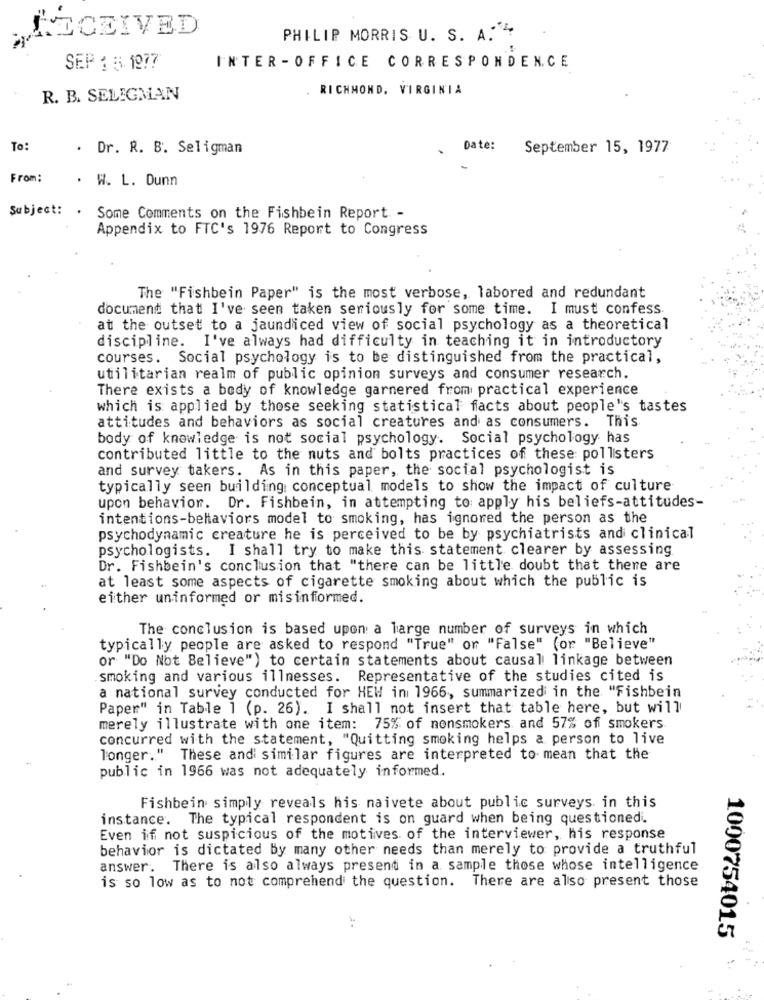
ILCEIVED
PHILIP MORRIS U. S. A.
INTER -OFFICE CORRESPONDENCE
SEP 3 5. 1977
. RICHMOND, VIRGINIA
R. B. SELIGMAN
To:
. Dr. R. B. Seligman
Date:
September 15, 1977
From:
. W. L. Dunn
Subject:
. Some Comments on the Fishbein Report -
Appendix to FTC's 1976 Report to Congress
The "Fishbein Paper" is the most verbose, labored and redundant
document that I've seen taken seriously for some time. I must confess
at the outset to a jaundiced view of social psychology as a theoretical
discipline. I've always had difficulty in teaching it in introductory
courses. Social psychology is to be distinguished from the practical,
utilitarian realm of public opinion surveys and consumer research.
There exists a body of knowledge garnered from practical experience
which is applied by those seeking statistical facts about people's tastes
attitudes and behaviors as social creatures and as consumers. This
body of knowledge is not social psychology. Social psychology has
contributed little to the nuts and bolts practices of these: pollsters
and survey takers. As in this paper, the social psychologist is
typically seen building conceptual models to show the impact of culture
upon behavior. Dr. Fishbein, in attempting to apply his beliefs-attitudes-
intentions-behaviors model to smoking, has ignored the person as the
psychodynamic creature he is perceived to be by psychiatrists and clinical
psychologists. I shall try to make this statement clearer by assessing
Dr. Fishbein's conclusion that "there can be little doubt that there are
at least some aspects of cigarette smoking about which the public is
either uninformed or misinformed.
The conclusion is based upon a large number of surveys in which
typically people are asked to respond "True" or "False" (or "Believe"
or "Do Not Believe") to certain statements about causal linkage between
smoking and various illnesses. Representative of the studies cited is
a national survey conducted for HEW in 1966, summarized in the "Fishbein
Paper" in Table 1 (p. 26). I shall not insert that table here, but will
merely illustrate with one item: 75% of nonsmokers and 57% of smokers
concurred with the statement, "Quitting smoking helps a person to live
longer." These and similar figures are interpreted to mean that the
public in 1966 was not adequately informed.
Fishbein simply reveals his naivete about public surveys in this
instance. The typical respondent is on guard when being questioned.
Even if not suspicious of the motives of the interviewer, his response
behavior is dictated by many other needs than merely to provide a truthful
answer. There is also always present in a sample those whose intelligence
is so low as to not comprehend the question. There are also present those
1000754015